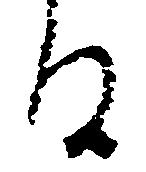
る